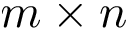
m \times n